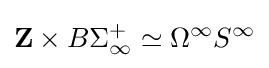
{\textbf {Z}}\times B\Sigma _{\infty }^{+}\simeq \Omega ^{\infty }S^{\infty }